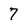
Character: 7